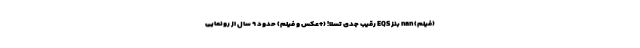
(فیلم) nan بنز EQS رقیب جدی تسلا! (+عکس و فیلم) حدود ۹ سال از رونمایی